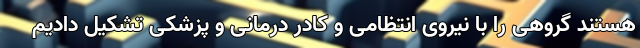
هستند گروهی را با نیروی انتظامی و کادر درمانی و پزشکی تشکیل دادیم